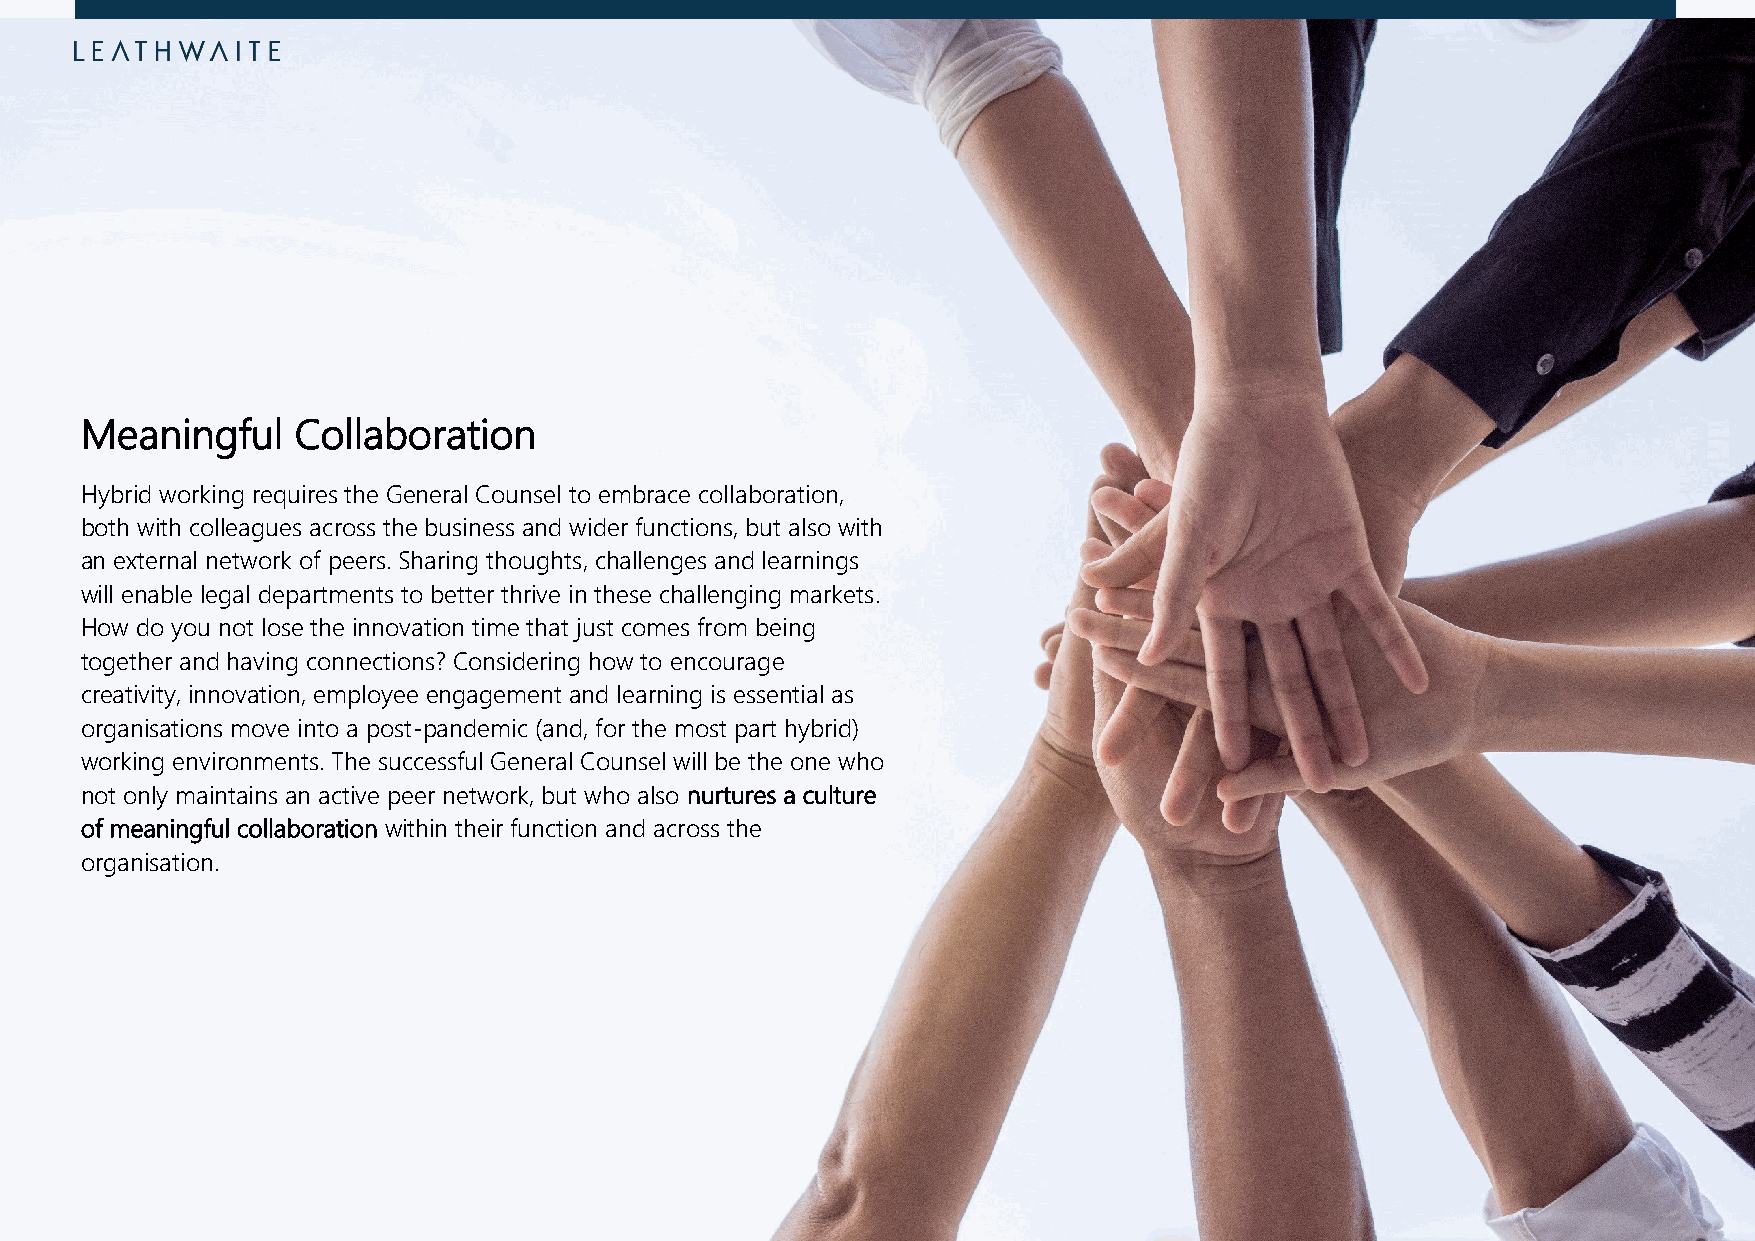
Meaningful     Collaboration
 Hybrid working requires the General Counsel to embrace collaboration,
 both with colleagues across the business and wider functions, but also with
 an external network of peers. Sharing thoughts, challenges and learnings
 will enable legal departments to better thrive in these challenging markets.
 How do you not lose the innovation time that just comes from being
 together and having connections? Considering how to encourage
 creativity, innovation, employee engagement and learning is essential as
 organisations move into a post-pandemic (and, for the most part hybrid)
 working environments. The successful General Counsel will be the one who
 not only maintains an active peer network, but who also nurtures a culture
 of meaningful collaboration within their function and across the
 organisation.